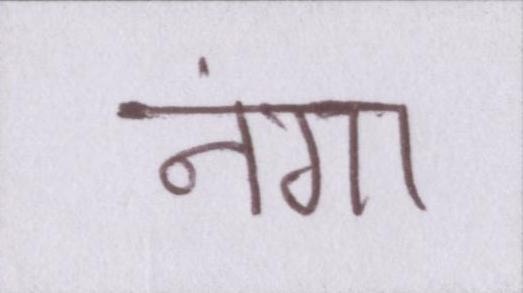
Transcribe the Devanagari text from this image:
नंगा